Indian journal of veterinary science and animal husbandry - Volumes 18-21, 1948-1951
Year: 1948
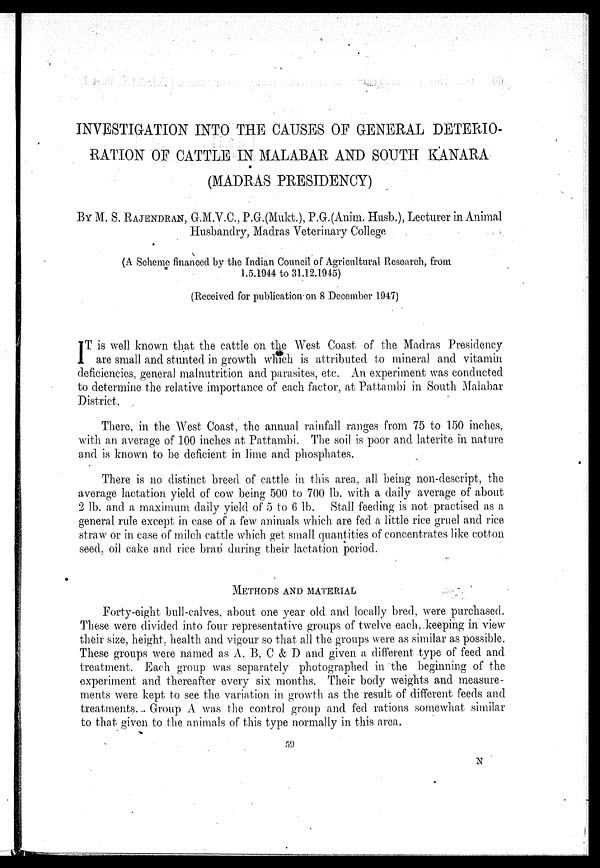
INVESTIGATION INTO THE CAUSES OF GENERAL DETERIO-
RATION OF CATTLE IN MALABAR AND SOUTH KANARA
(MADRAS PRESIDENCY)
BY M. S. RAJENDRAN, G.M.V.C., P.G.(Mukt.), P.G.(Anim. Husb.), Lecturer in Animal
Husbandry, Madras Veterinary College
(A Scheme financed by the Indian Council of Agricultural Research, from
1.5.1944 to 31.12.1945)
(Received for publication on 8 December 1947)
I T is well known that the cattle on the West Coast of the Madras Presidency
are small and stunted in growth which is attributed to mineral and vitamin
deficiencies, general malnutrition and parasites, etc. An experiment was conducted
to determine the relative importance of each factor, at Pattambi in South Malabar
District.
There, in the West Coast, the annual rainfall ranges from 75 to 150 inches,
with an average of 100 inches at Pattambi. The soil is poor and laterite in nature
and is known to be deficient in lime and phosphates.
There is no distinct breed of cattle in this area, all being non-descript, the
average lactation yield of cow being 500 to 700 lb. with a daily average of about
2 lb. and a maximum daily yield of 5 to 6 lb. Stall feeding is not practised as a
general rule except in case of a few animals which are fed a little rice gruel and rice
straw or in case of milch cattle which get small quantities of concentrates like cotton
seed, oil cake and rice bran during their lactation period.
METHODS AND MATERIAL
Forty-eight bull-calves, about one year old and locally bred, were purchased.
These were divided into four representative groups of twelve each, keeping in view
their size, height, health and vigour so that all the groups were as similar as possible.
These groups were named as A, B, C & D and given a different type of feed and
treatment. Each group was separately photographed in the beginning of the
experiment and thereafter every six months. Their body weights and measure-
ments were kept to see the variation in growth as the result of different feeds and
treatments. Group A was the control group and fed rations somewhat similar
to that given to the animals of this type normally in this area.
59
N